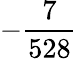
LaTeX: -\frac{7}{528}